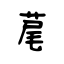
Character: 荱